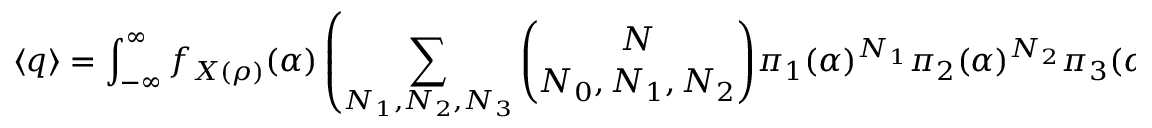
\langle q \rangle = \int _ { - \infty } ^ { \infty } f _ { X ( \rho ) } ( \alpha ) \left( \sum _ { N _ { 1 } , N _ { 2 } , N _ { 3 } } \binom { N } { N _ { 0 } , N _ { 1 } , N _ { 2 } } { \pi } _ { 1 } ( \alpha ) ^ { N _ { 1 } } { \pi } _ { 2 } ( \alpha ) ^ { N _ { 2 } } { \pi } _ { 3 } ( \alpha ) ^ { N _ { 3 } } \right) \times q ( \vec { N } ) \, d \alpha